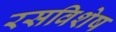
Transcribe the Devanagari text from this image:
रसविशेष